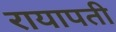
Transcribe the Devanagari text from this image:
रायापती